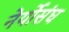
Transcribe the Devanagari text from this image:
नेर्योसंघ